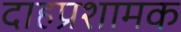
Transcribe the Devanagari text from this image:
दाहप्रशामक